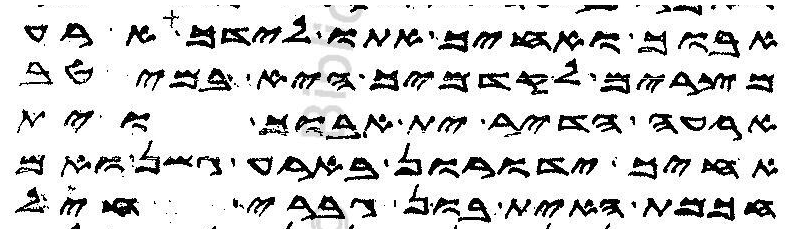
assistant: אבוך ואחיך אתו לידך ארע
מצרים לקדמיך היא במיטב
ארעה הדיר ית אבוך וית
אחיך ידורון בארע גשן ואם
חכמת האית בון גברי חיל